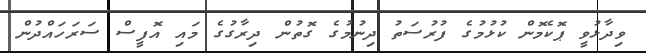
ވިދާޅުވީ ޕޮކެމޮން ކުޅުމުގެ ފުރުސަތު ދިނުމުގެ ގޮތުން ދިރާގުގެ މައި އޮފީސް ސަރަހައްދުން